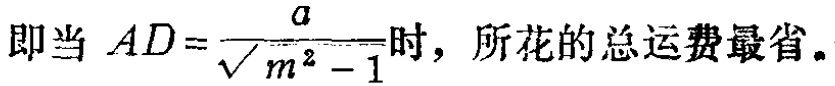
即当 \(AD=\frac{a}{\sqrt{m^{2}-1}}\) 时，所花的总运费最省。